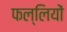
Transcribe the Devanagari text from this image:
फल्लियों